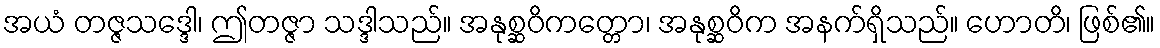
အယံ တဇ္ဇသဒ္ဒေါ၊ ဤတဇ္ဇာ သဒ္ဒါသည်။ အနုစ္ဆဝိကတ္တော၊ အနုစ္ဆဝိက အနက်ရှိသည်။ ဟောတိ၊ ဖြစ်၏။